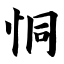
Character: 恫